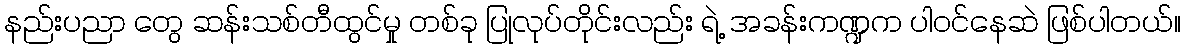
နည်းပညာ တွေ ဆန်းသစ်တီထွင်မှု တစ်ခု ပြုလုပ်တိုင်းလည်း ရဲ့ အခန်းကဏ္ဍက ပါဝင်နေဆဲ ဖြစ်ပါတယ်။